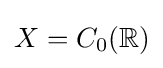
X=C_{0}(\mathbb {R} )